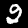
Digit: 2